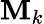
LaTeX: \mathbf{M}_{k}